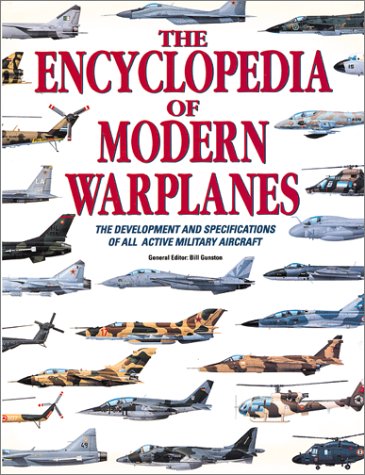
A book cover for The Encyclopedia of Modern Warplanes: The Development and Specifications of All Active Military Aircraft; Arts & Photography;